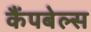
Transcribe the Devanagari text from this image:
कैंपबेल्स